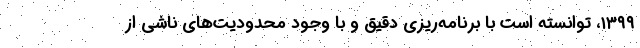
۱۳۹۹، توانسته است با برنامه‌ریزی دقیق و با وجود محدودیت‌های ناشی از